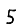
Digit: 5